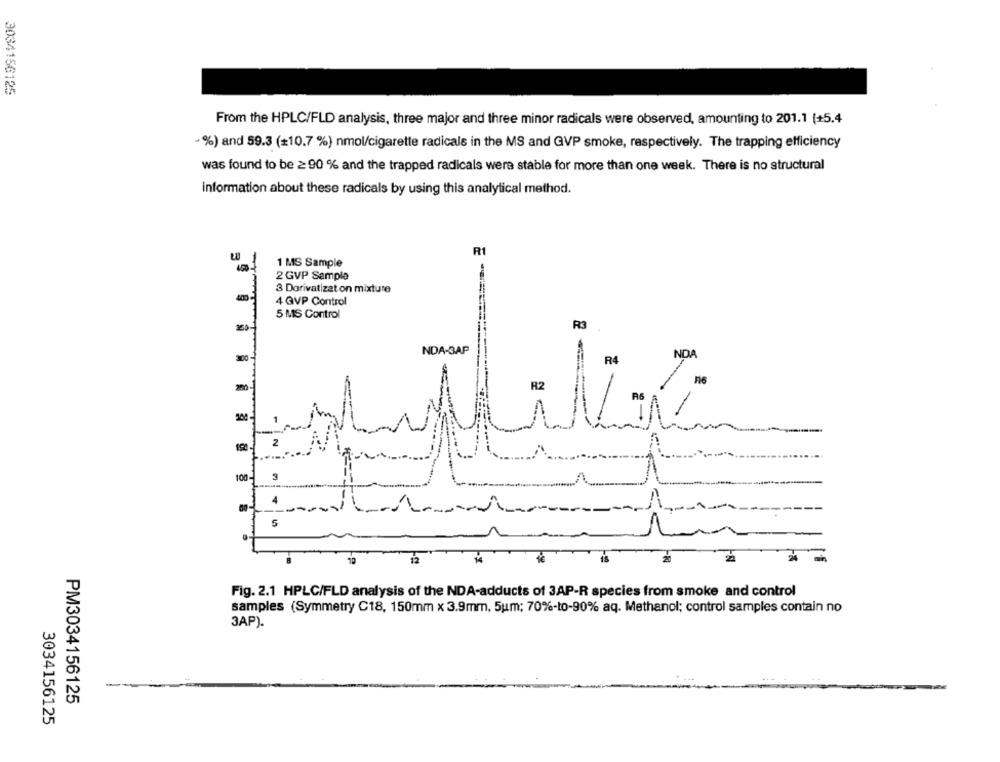
3034156125
From the HPLC/FLD analysis, three major and three minor radicals were observed, amounting to 201.1 (+5.4
%) and 59.3 (=10.7 %) nmol/cigarette radicals in the MS and GVP smoke, respectively. The trapping efficiency
was found to be ≥ 90 % and the trapped radicals were stable for more than one week. There is no structural
information about these radicals by using this analytical method.
R1
1 MS Sample
2 GVP Sample
3 Dorivatizat on mixture
4 GVP Control
5 MS Control
R3
NDA-3AP
100
R4
200
100
-
12
is
Fig. 2.1 HPLC/FLD analysis of the NDA-adducts of 3AP-R species from smoke and control
samples (Symmetry C18, 150mm x 3.9mm. 5um; 70%-to-90% aq. Methanol; control samples contain no
3AP).
PM3034156125
3034156125